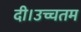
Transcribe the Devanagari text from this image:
दी।उच्चतम